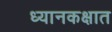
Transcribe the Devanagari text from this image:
ध्यानकक्षात